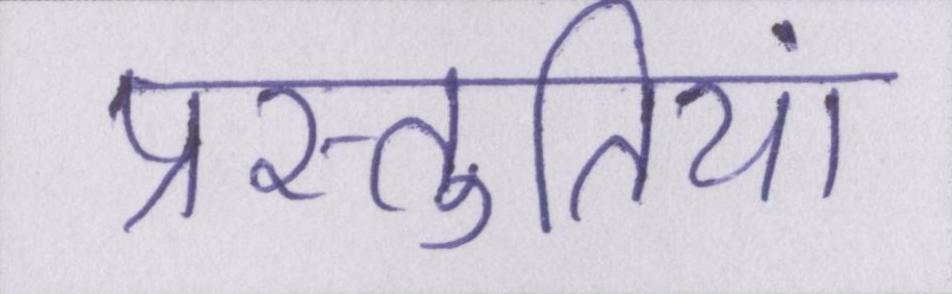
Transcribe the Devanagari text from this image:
प्रस्तुतियां